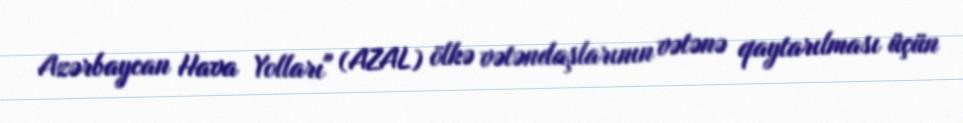
Azərbaycan Hava Yolları" (AZAL) ölkə vətəndaşlarının vətənə qaytarılması üçün